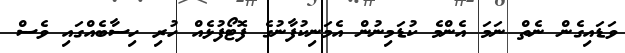
ވަޑައިގެން ނެތް ނަމަ އެންމެ ކުޑަމިނުން އެމަނިކުފާނުގެ ފޮޓޯފުޅެއް ހުރި ހިސާބެއްގައި ވެސް